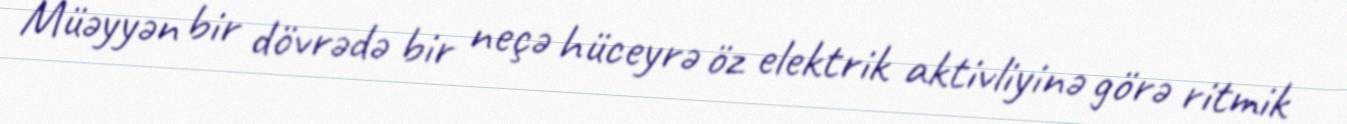
Müəyyən bir dövrədə bir neçə hüceyrə öz elektrik aktivliyinə görə ritmik